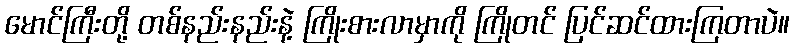
မောင်ကြီးတို့ တစ်နည်းနည်းနဲ့ ကြိုးစားလာမှာကို ကြိုတင် ပြင်ဆင်ထားကြတာပဲ။